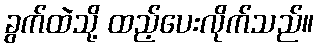
ခွက်ထဲသို့ ထည့်ပေးလိုက်သည်။